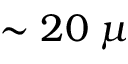
\sim 2 0 \; \mu